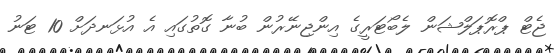
ޖެޓް ޕްރޮޕަލްޝަން ލެބޯޓަރީގެ އިންޖިނޭރުން ބުނާ ގޮތުގައި އެ އުޅަނދަށް 10 ޓަނު